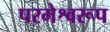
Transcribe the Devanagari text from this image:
परमेश्वरूप